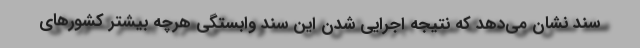
سند نشان می‌دهد که نتیجه اجرایی شدن این سند وابستگی هرچه بیشتر کشورهای